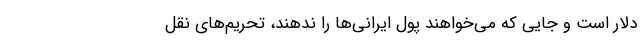
دلار است و جایی که می‌خواهند پول ایرانی‌ها را ندهند، تحریم‌های نقل